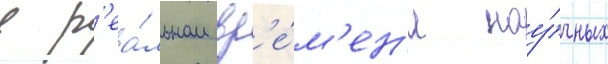
в р'еа́льном вр'е́м'ен'и нау́чных